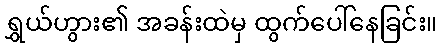
ရွှယ်ဟွား၏ အခန်းထဲမှ ထွက်ပေါ်နေခြင်း။